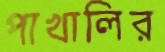
পাখালির